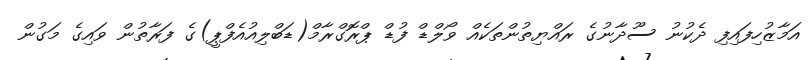
އަމާޒުހިފައިފި ދެކުނު ސޫދާނުގެ ރައްޔިތުންތަކެއް ވޯލްޑް ފުޑް ޕްރޮގްރާމް(ޑަބްލިއުއެފްޕީ)ގެ ފަރާތުން ވައިގެ މަގުން